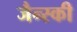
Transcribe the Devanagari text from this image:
जैन्स्की